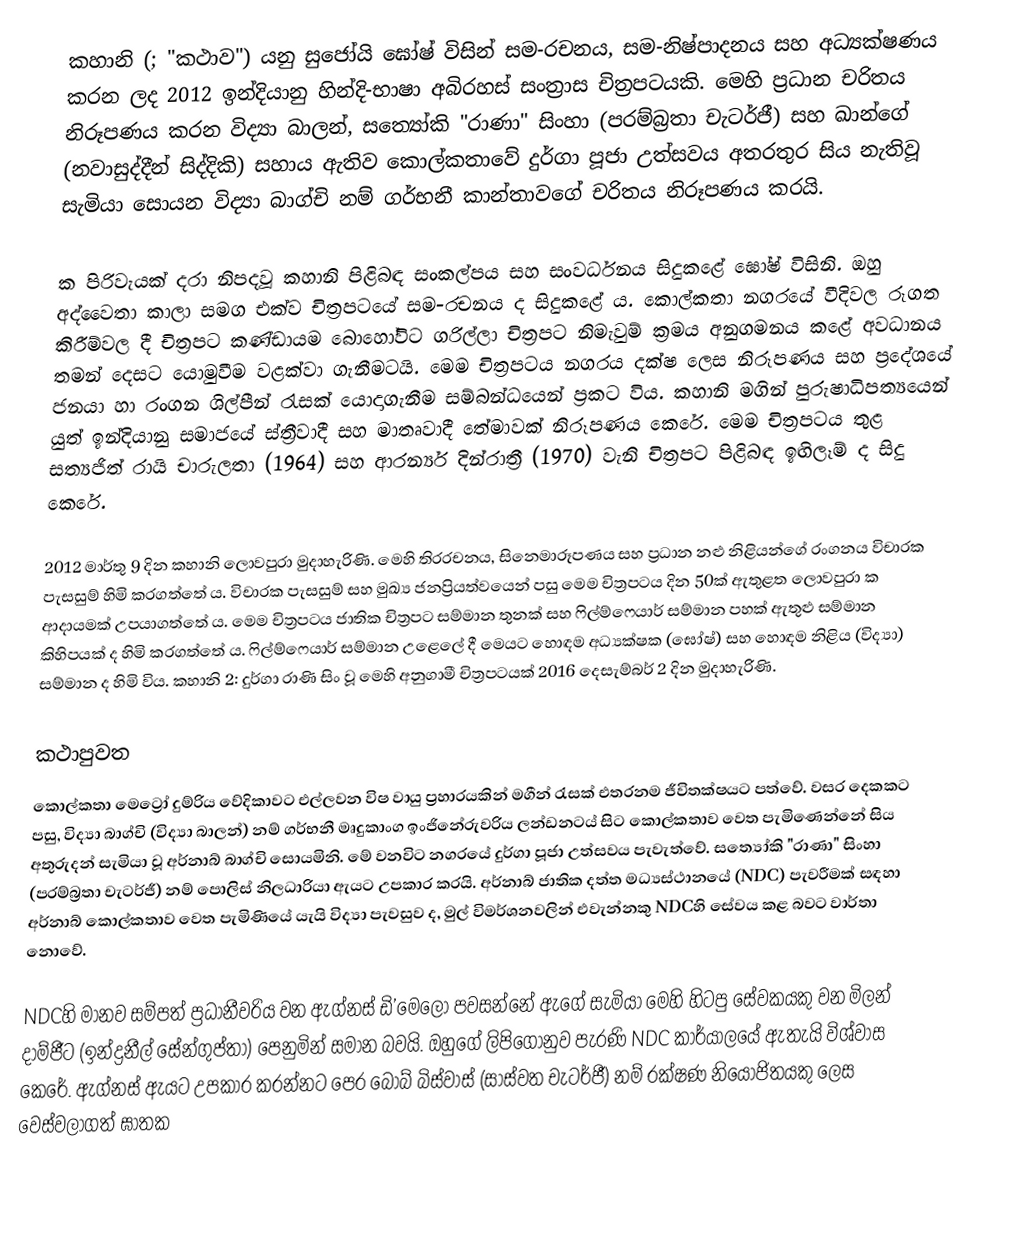
කහානි (; "කථාව") යනු සුජෝයි ඝෝෂ් විසින් සම-රචනය, සම-නිෂ්පාදනය සහ අධ්‍යක්ෂණය කරන ලද 2012 ඉන්දියානු හින්දි-භාෂා අබිරහස් සංත්‍රාස චිත්‍රපටයකි. මෙහි ප්‍රධාන චරිතය නිරූපණය කරන විද්‍යා බාලන්, සත්‍යෝකි "රාණා" සිංහා (පරම්බ්‍රතා චැටර්ජී) සහ ඛාන්ගේ (නවාසුද්දීන් සිද්දිකි) සහාය ඇතිව කොල්කතාවේ දුර්ගා පූජා උත්සවය අතරතුර සිය නැතිවූ සැමියා සොයන විද්‍යා බාග්චි නම් ගර්භනී කාන්තාවගේ චරිතය නිරූපණය කරයි.

ක පිරිවැයක් දරා නිපදවූ කහානි පිළිබඳ සංකල්පය සහ සංවර්ධනය සිදුකළේ ඝෝෂ් විසිනි. ඔහු අද්වෛතා කාලා සමග එක්ව චිත්‍රපටයේ සම-රචනය ද සිදුකළේ ය. කොල්කතා නගරයේ වීදිවල රූගත කිරීම්වල දී චිත්‍රපට කණ්ඩායම බොහෝවිට ගරිල්ලා චිත්‍රපට නිමැවුම් ක්‍රමය අනුගමනය කළේ අවධානය තමන් දෙසට යොමුවීම වළක්වා ගැනීමටයි. මෙම චිත්‍රපටය නගරය දක්ෂ ලෙස නිරූපණය සහ ප්‍රදේශයේ ජනයා හා රංගන ශිල්පීන් රැසක් යොදාගැනීම සම්බන්ධයෙන් ප්‍රකට විය. කහානි මගින් පුරුෂාධිපත්‍යයෙන් යුත් ඉන්දියානු සමාජයේ ස්ත්‍රීවාදී සහ මාතෘවාදී තේමාවක් නිරූපණය කෙරේ. මෙම චිත්‍රපටය තුළ සත්‍යජිත් රායි චාරුලතා (1964) සහ ආරන්‍යර් දින්රාත්‍රී (1970) වැනි චිත්‍රපට පිළිබඳ ඉඟිලෑම් ද සිදු කෙරේ.

2012 මාර්තු 9 දින කහානි ලොවපුරා මුදාහැරිණි. මෙහි තිරරචනය, සිනෙමාරූපණය සහ ප්‍රධාන නළු නිළියන්ගේ රංගනය විචාරක පැසසුම් හිමි කරගත්තේ ය. විචාරක පැසසුම් සහ මුඛ්‍ය ජනප්‍රියත්වයෙන් පසු මෙම චිත්‍රපටය දින 50ක් ඇතුළත ලොවපුරා ක ආදායමක් උපයාගත්තේ ය. මෙම චිත්‍රපටය ජාතික චිත්‍රපට සම්මාන තුනක් සහ ෆිල්ම්ෆෙයාර් සම්මාන පහක් ඇතුළු සම්මාන කිහිපයක් ද හිමි කරගත්තේ ය. ෆිල්ම්ෆෙයාර් සම්මාන උළෙලේ දී මෙයට හොඳම අධ්‍යක්ෂක (ඝෝෂ්) සහ හොඳම නිළිය (විද්‍යා) සම්මාන ද හිමි විය. කහානි 2: දුර්ගා රාණි සිං වූ මෙහි අනුගාමී චිත්‍රපටයක් 2016 දෙසැම්බර් 2 දින මුදාහැරිණි.

කථාපුවත
කොල්කතා මෙට්‍රෝ දුම්රිය වේදිකාවට එල්ලවන විෂ වායු ප්‍රහාරයකින් මගීන් රැසක් එතරනම ජීවිතක්ෂයට පත්වේ. වසර දෙකකට පසු, විද්‍යා බාග්චි (විද්‍යා බාලන්) නම් ගර්භනී මෘදුකාංග ඉංජිනේරුවරිය ලන්ඩනටය් සිට කොල්කතාව වෙත පැමිණෙන්නේ සිය අතුරුදන් සැමියා වූ අර්නාබ් බාග්චි සොයමිනි. මේ වනවිට නගරයේ දුර්ගා පූජා උත්සවය පැවැත්වේ. සත්‍යෝකි "රාණා" සිංහා (පරම්බ්‍රතා චැටර්ජී) නම් පොලිස් නිලධාරියා ඇයට උපකාර කරයි. අර්නාබ් ජාතික දත්ත මධ්‍යස්ථානයේ (NDC) පැවරීමක් සඳහා අර්නාබ් කොල්කතාව වෙත පැමිණියේ යැයි විද්‍යා පැවසුව ද, මුල් විමර්ශනවලින් එවැන්නකු  NDCහි සේවය කළ බවට වාර්තා නොවේ.

NDCහි මානව සම්පත් ප්‍රධානීවරිය වන ඇග්නස් ඩි’මෙලෝ පවසන්නේ ඇගේ සැමියා මෙහි හිටපු සේවකයකු වන මිලන් දාම්ජීට (ඉන්ද්‍රනීල් සේන්ගුප්තා) පෙනුමින් සමාන බවයි. ඔහුගේ ලිපිගොනුව පැරණි NDC කාර්යාලයේ ඇතැයි විශ්වාස කෙරේ. ඇග්නස් ඇයට උපකාර කරන්නට පෙර බොබ් බිස්වාස් (සාස්වත චැටර්ජී) නම් රක්ෂණ නියෝජිතයකු ලෙස වෙස්වලාගත් ඝාතක